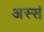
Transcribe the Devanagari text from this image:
अस्सं